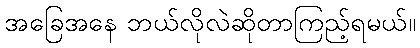
အခြေအနေ ဘယ်လိုလဲဆိုတာကြည့်ရမယ်။